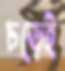
চড়েই